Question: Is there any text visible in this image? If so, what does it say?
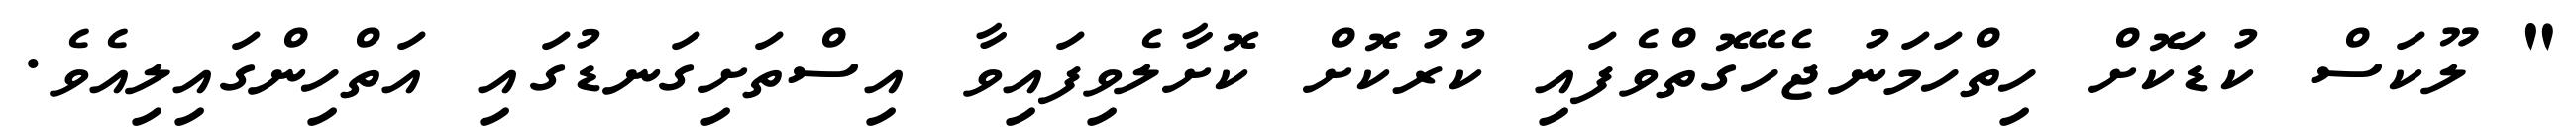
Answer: " ލޫކަސް ކުޑަކޮށް ހިތްހަމަނުޖެހޭގޮތްވެފައި ކުރުކޮށް ކޮށާލެވިފައިވާ އިސްތަށިގަނޑުގައި އަތްހިންގައިލިއެވެ.